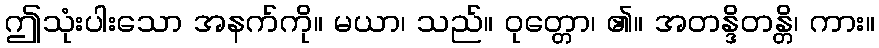
ဤသုံးပါးသော အနက်ကို။ မယာ၊ သည်။ ဝုတ္တော၊ ၏။ အတန္ဒိတန္တိ၊ ကား။